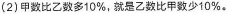
(2)甲数比乙数多10\%，就是乙数比甲数少10\%。